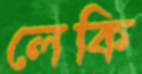
লেকি